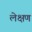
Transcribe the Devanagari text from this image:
लेक्षण